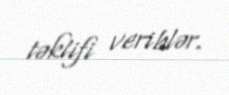
təklifi veriblər.